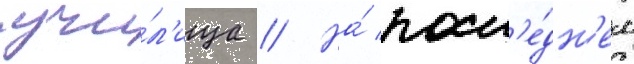
учи́л'ища // На́ посл'е́дн'ем